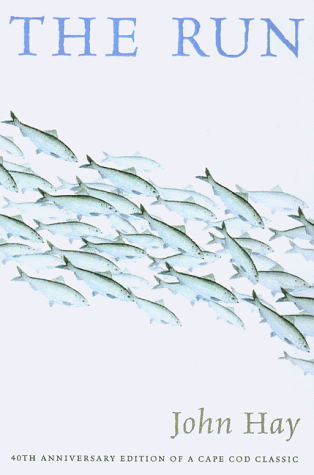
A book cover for The Run; John Hay; Sports & Outdoors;